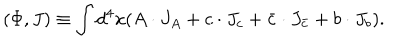
( \Phi , J ) \equiv \int d ^ { 4 } x ( A \cdot J _ { A } + c \cdot J _ { c } + \bar { c } \cdot J _ { \bar { c } } + b \cdot J _ { b } ) .